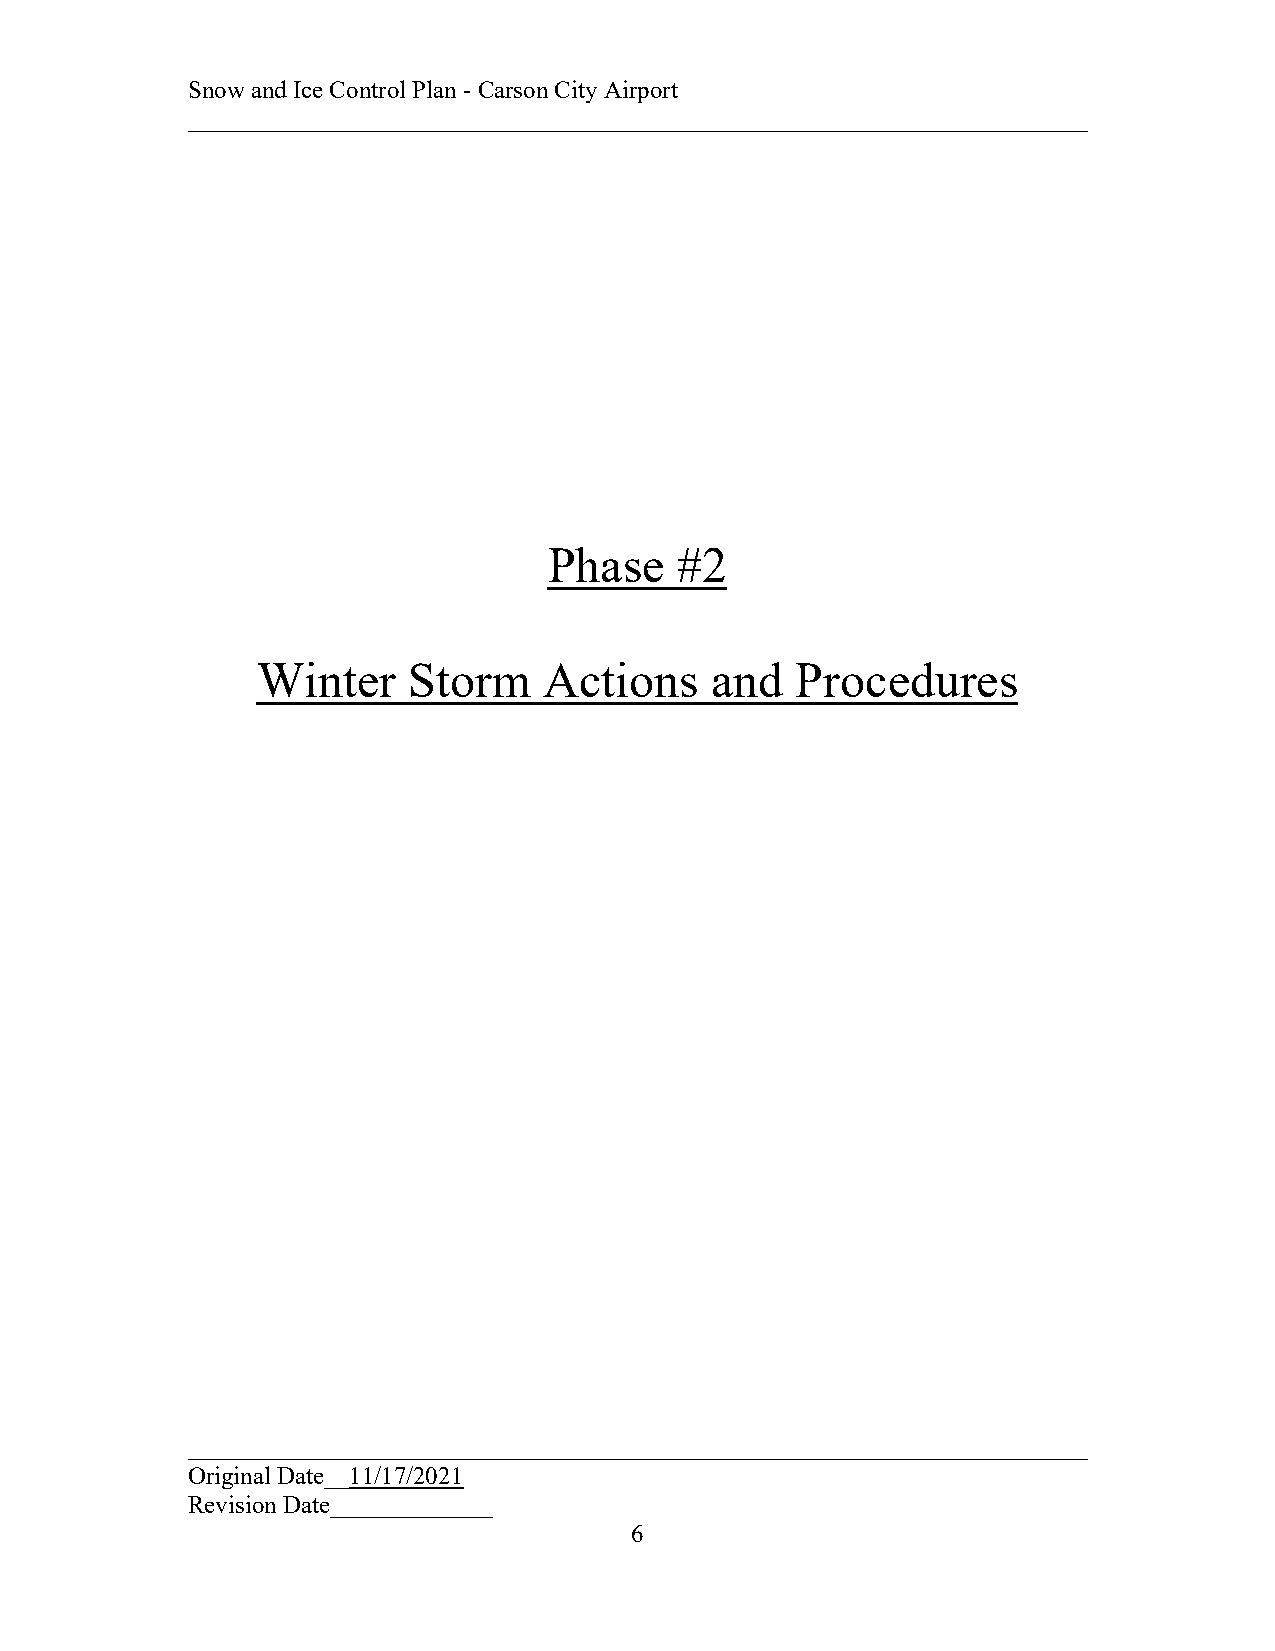
Snow and Ice Control Plan - Carson City Airport
 ________________________________________________________________________
 Phase    #2
 Winter    Storm    Actions    and   Procedures
 ________________________________________________________________________
 Original Date__11/17/2021
 Revision Date_____________
 6